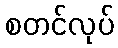
စတင်လုပ်